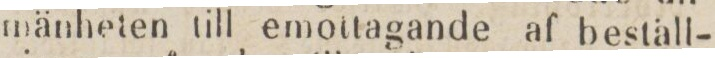
mänheten till emottagande af beställ-